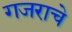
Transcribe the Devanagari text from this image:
गजराचे